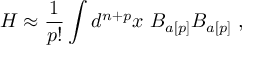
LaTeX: H \approx \frac { 1 } { p ! } \int d ^ { n + p } x \ B _ { a [ p ] } B _ { a [ p ] } \ ,